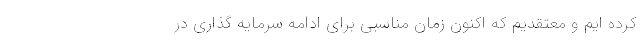
کرده ایم و معتقدیم که اکنون زمان مناسبی برای ادامه سرمایه گذاری در